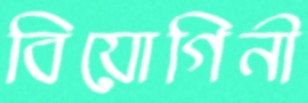
বিয়োগিনী